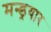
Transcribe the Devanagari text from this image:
मन्ड्रयार